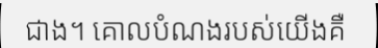
ជាង។ គោលបំណងរបស់យើងគឺ